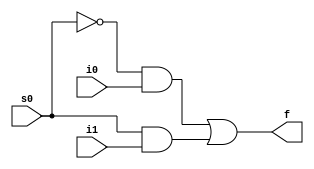
// RTL 2:1 Multiplexer

module multiplexer_2_1(i0,i1,s0,f);

// ---------- Port Declaration ---------- \\\\
  
  input i0,i1; // input
  input s0; // input
  output f; // output

// ---------- Internal Wires ---------- \\\\
  
  wire x,y; 

// ---------- Implementation ---------- \\\\
 
  and and_1(x,~s0,i0); //1st AND gate output
  and and_2(y,s0,i1); //2nd AND gate ouput
  or or_0(f,x,y); //both AND gate output is given to OR gate for final output

endmodule